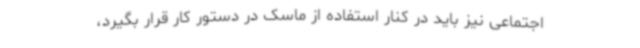
اجتماعی نیز باید در کنار استفاده از ماسک در دستور کار قرار بگیرد،